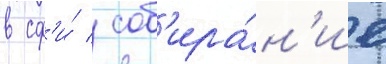
в сф'и́ / соб'ира́н'ие